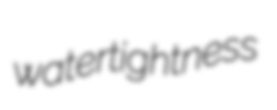
watertightness